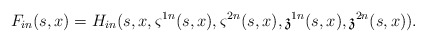
\begin{align*}F_{in}(s,x)= H_{in}(s,x,\varsigma^{1n}(s,x),\varsigma^{2n}(s,x),\mathfrak{z}^{1n}(s,x),\mathfrak{z}^{2n}(s,x)).\end{align*}